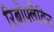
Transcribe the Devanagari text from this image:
रिबोफ्लैविन